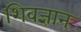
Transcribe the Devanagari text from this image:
शिवज्ञान